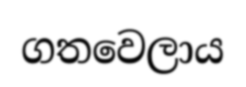
ගතවෙලාය